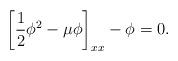
LaTeX: \begin{align*}\left[ \frac{1}{2}\phi^{2}-\mu\phi\right]_{xx}-\phi=0.\end{align*}